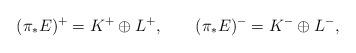
LaTeX: \begin{align*}(\pi_*E)^+=K^+\oplus L^+,\qquad(\pi_*E)^-=K^-\oplus L^-,\end{align*}